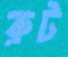
রুট